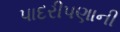
પાદરીપણાની